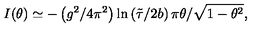
I ( \theta ) \simeq - \left( g ^ { 2 } / 4 \pi ^ { 2 } \right) \ln \left( { \tilde { \tau } } / 2 b \right) { \pi \theta } / \sqrt { 1 - \theta ^ { 2 } } ,